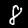
Label: 8